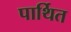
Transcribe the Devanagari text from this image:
पार्थित